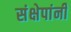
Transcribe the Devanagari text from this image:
संक्षेपांनी